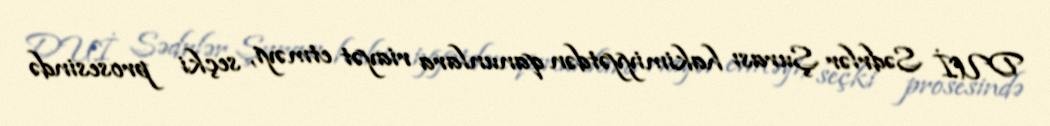
DUİ Sədrlər Şurası hakimiyyətdən qanunlara riayət etməyi, seçki prosesində